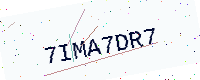
Text: 7IMA7DR7